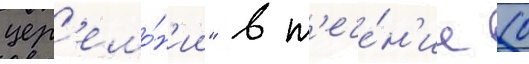
цер'емо́н'ии" в т'ече́н'ие 10